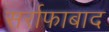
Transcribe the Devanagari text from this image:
सर्राफाबाद